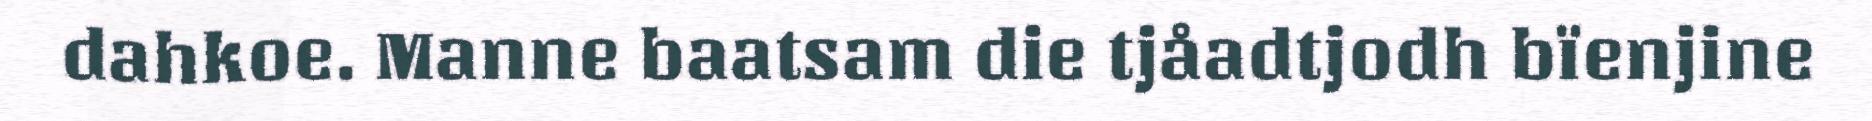
dahkoe. Manne baatsam die tjåadtjodh bïenjine